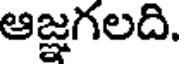
ఆజ్ఞగలది.